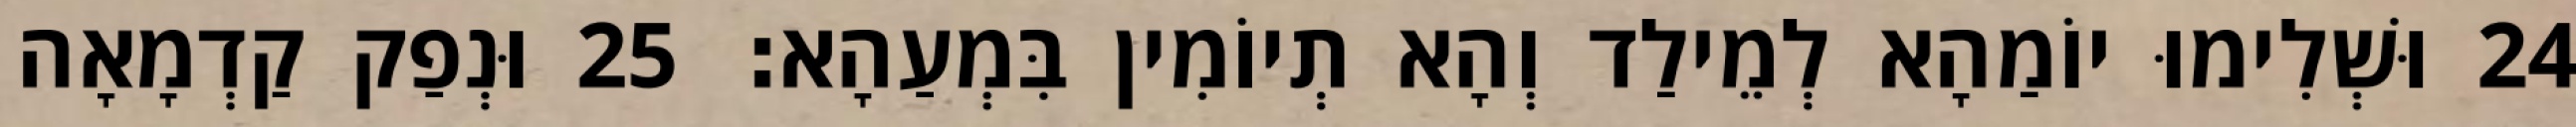
24 וּשְׁלִימוּ יוֹמַהָא לְמֵילַד וְהָא תְיוֹמִין בִּמְעַהָא׃ 25 וּנְפַק קַדְמָאָה